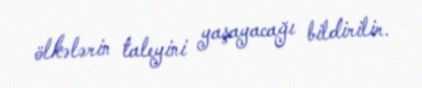
ölkələrin taleyini yaşayacağı bildirilir.